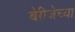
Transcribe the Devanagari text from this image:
बेरीजेच्या